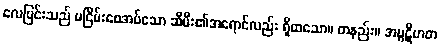
လေပြင်းသည် မငြိမ်းစေအပ်သော ဆီမီး၏အရောင်လည်း ရှိထသော။ တနည်း။ အပ္ပဋိဟတ